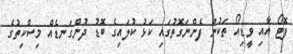
ފޮޓޯ އާއި ވީޑިއޯ ތަކުން ފެންނަގޮތުގައި ކަޅު ކުލައިގެ ބޮޑު ދުންގަނޑެއް މިސްކިތުގެ